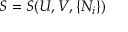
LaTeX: S = S ( U , V , \{ N _ { i } \} )